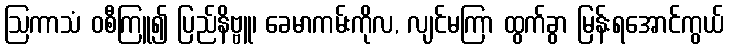
ဩကာသံ ဝစီကြူ၍ ပြည်နိဗ္ဗူ၊ ခေမာကမ်းကိုလ, လျင်မကြာ ထွက်ခွာ မြန်းရအောင်ကွယ်